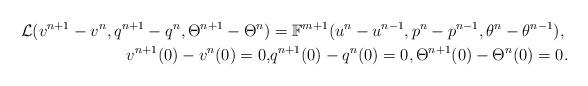
LaTeX: \begin{align*} \mathcal{L}(v^{n+1}-v^n,q^{n+1}-q^n,\Theta^{n+1}-\Theta^n)&=\mathbb{F}^{m+1}(u^n-u^{n-1},p^n-p^{n-1},\theta^n-\theta^{n-1}),\\ v^{n+1}(0)-v^n(0)=0,&q^{n+1}(0)-q^n(0)=0,\Theta^{n+1}(0)-\Theta^n(0)=0. \end{align*}